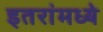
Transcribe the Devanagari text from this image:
इतरांमध्ये